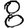
Digit: 8